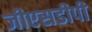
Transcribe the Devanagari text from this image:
जीएसडीपी